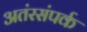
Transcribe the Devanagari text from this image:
अतंरसंपर्क